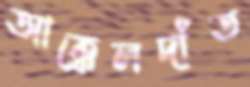
আক্কেলদাঁত